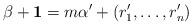
LaTeX: \begin{align*}\beta+\mathbf{1}=m\alpha'+(r_{1}',\ldots,r_{n}')\end{align*}